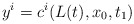
\begin{align*}y^{i} = c^{i}(L(t), x_{0}, t_{1}) \end{align*}